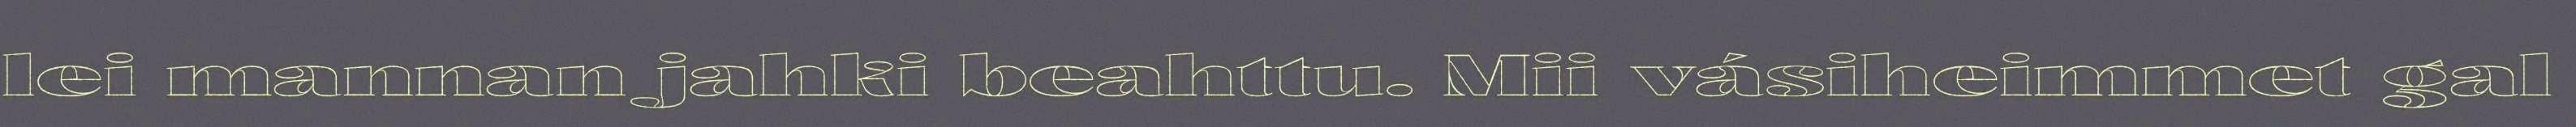
lei mannan jahki beahttu. Mii vásiheimmet gal